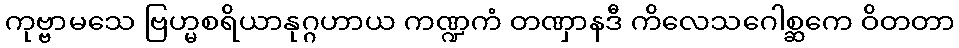
ကုဗ္ဗာမသေ ဗြဟ္မစရိယာနုဂ္ဂဟာယ ကဏ္ဍကံ တဏှာနဒီ ကိလေသဂေါစ္ဆကေ ဝိတတာ